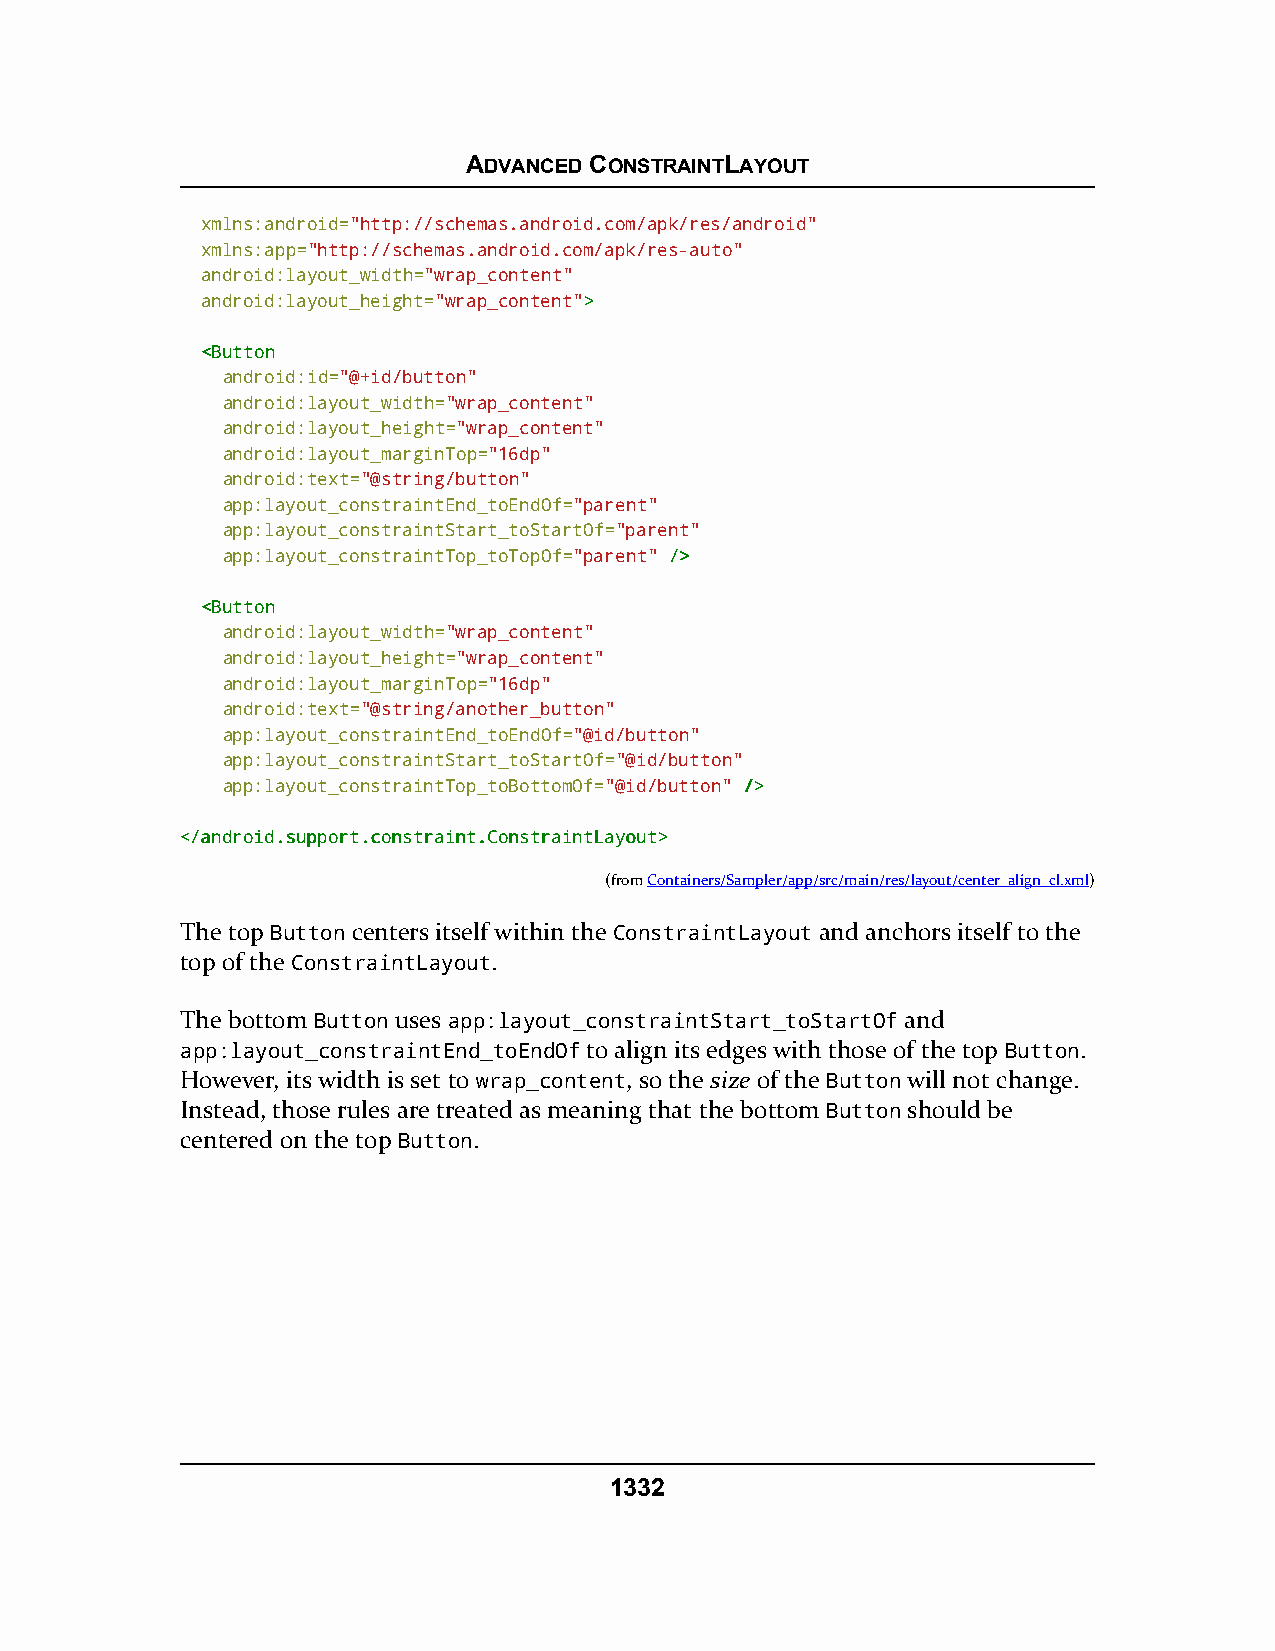
ADVANCED CONSTRAINTLAYOUT
 xmlns:android="http://schemas.android.com/apk/res/android"
 xmlns:app="http://schemas.android.com/apk/res-auto"
 android:layout_width="wrap_content"
 android:layout_height="wrap_content">>
 <<BBuuttttoonn
 android:id="@+id/button"
 android:layout_width="wrap_content"
 android:layout_height="wrap_content"
 android:layout_marginTop="16dp"
 android:text="@string/button"
 app:layout_constraintEnd_toEndOf="parent"
 app:layout_constraintStart_toStartOf="parent"
 app:layout_constraintTop_toTopOf="parent" //>>
 <<BBuuttttoonn
 android:layout_width="wrap_content"
 android:layout_height="wrap_content"
 android:layout_marginTop="16dp"
 android:text="@string/another_button"
 app:layout_constraintEnd_toEndOf="@id/button"
 app:layout_constraintStart_toStartOf="@id/button"
 app:layout_constraintTop_toBottomOf="@id/button" //>>
 <<//aannddrrooiidd..ssuuppppoorrtt..ccoonnssttrraaiinntt..CCoonnssttrraaiinnttLLaayyoouutt>>
 (fromContainers/Sampler/app/src/main/res/layout/center_align_cl.xml)
 The top Button centers itself within the ConstraintLayout and anchors itself to the
 top of the ConstraintLayout.
 The bottom Button uses app:layout_constraintStart_toStartOf and
 app:layout_constraintEnd_toEndOf to align its edges with those of the top Button.
 However, its width is set to wrap_content, so the size of the Button will not change.
 Instead, those rules are treated as meaning that the bottom Button should be
 centered on the top Button.
 1332